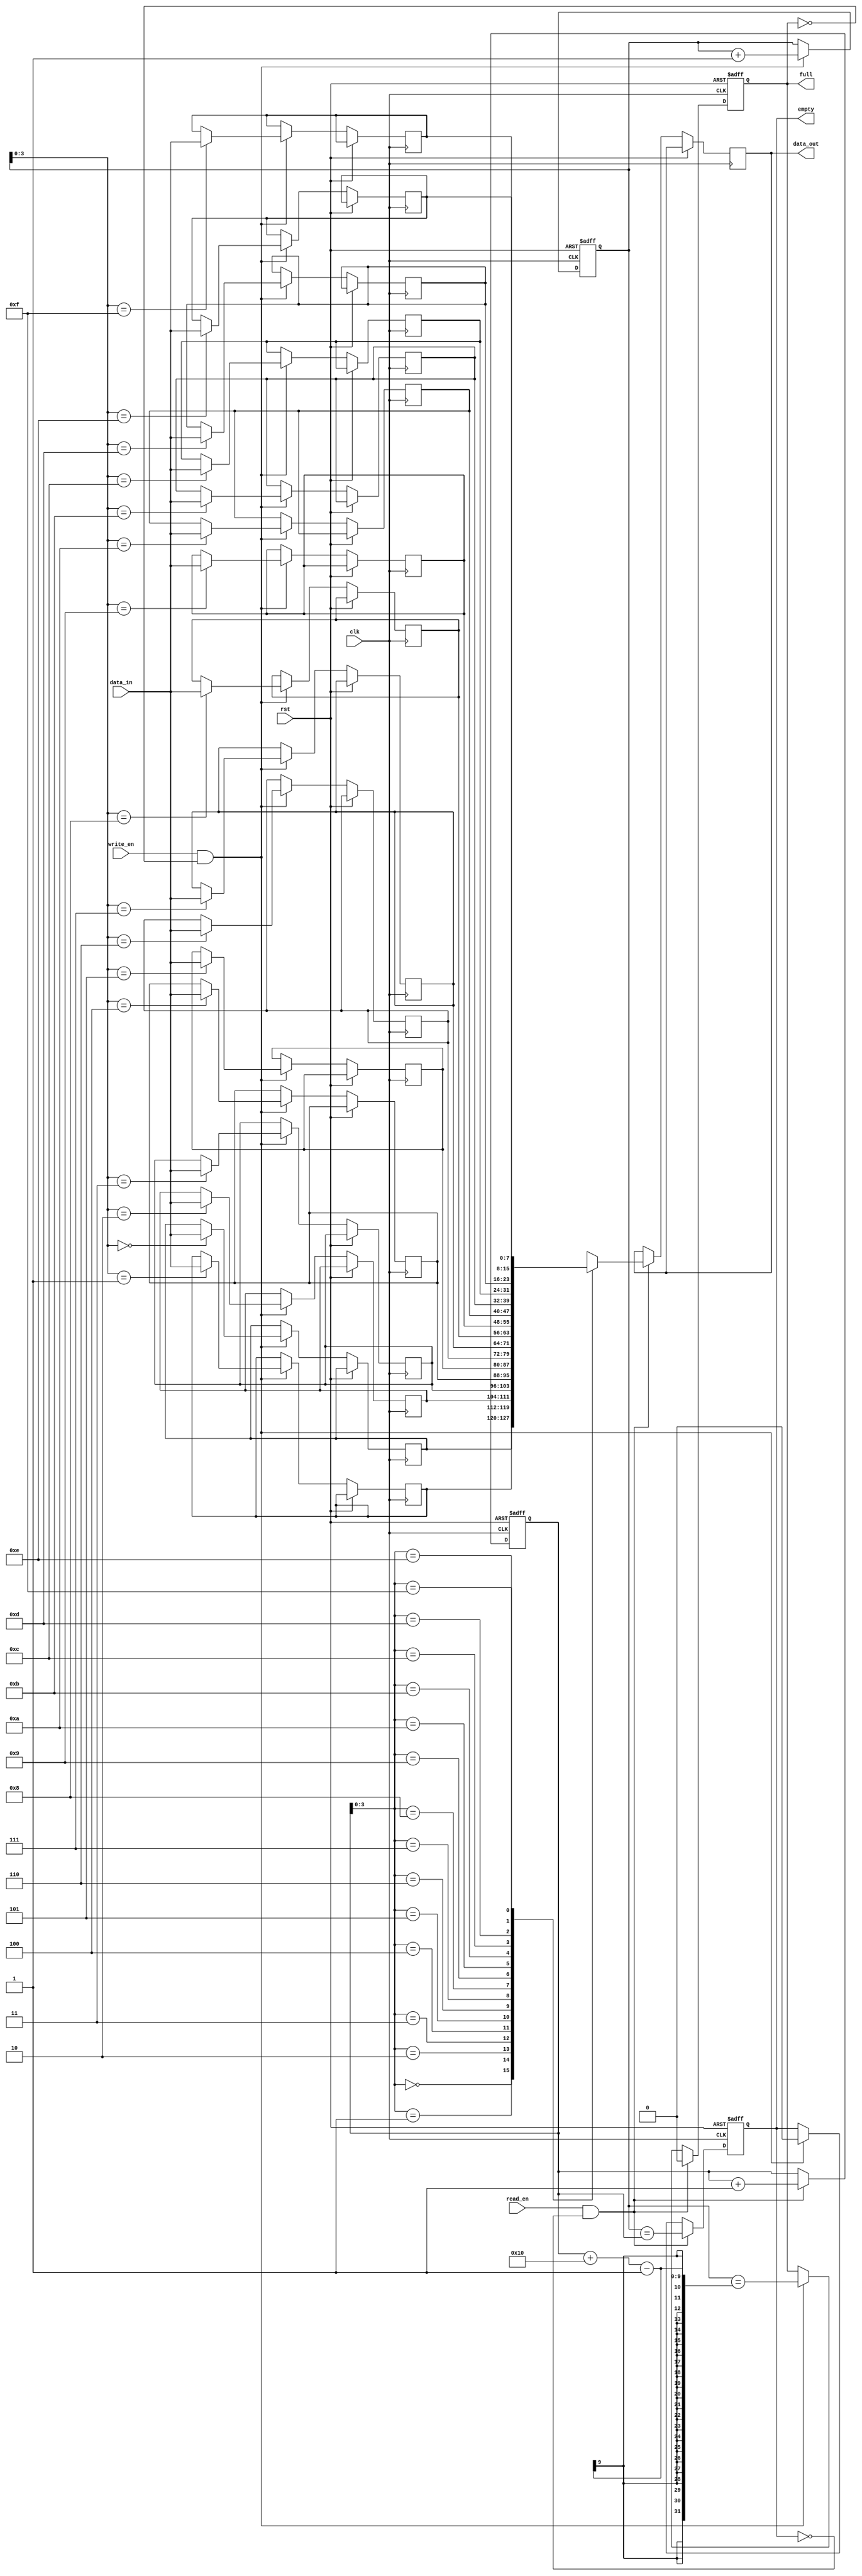
module synchronous_fifo (
    input wire clk,
    input wire rst,
    input wire write_en,
    input wire read_en,
    input wire [DATA_WIDTH-1:0] data_in,
    output reg [DATA_WIDTH-1:0] data_out,
    output reg full,
    output reg empty
);

parameter DATA_WIDTH = 8;
parameter FIFO_DEPTH = 16;

reg [DATA_WIDTH-1:0] fifo [0:FIFO_DEPTH-1];
reg [DATA_WIDTH-1:0] read_ptr;
reg [DATA_WIDTH-1:0] write_ptr;

// Synchronous FIFO buffer logic
always @(posedge clk or posedge rst) begin
    if (rst) begin
        read_ptr <= 0;
        write_ptr <= 0;
        full <= 0;
        empty <= 1;
    end else begin
        if (write_en && !full) begin
            fifo[write_ptr] <= data_in;
            write_ptr <= write_ptr + 1;
            full <= (write_ptr == (read_ptr + FIFO_DEPTH - 1));
            empty <= 0;
        end
        if (read_en && !empty) begin
            data_out <= fifo[read_ptr];
            read_ptr <= read_ptr + 1;
            empty <= (write_ptr == read_ptr);
            full <= 0;
        end
    end
end

endmodule